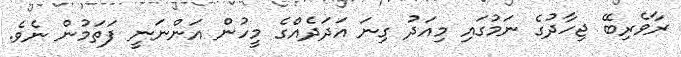
ރާވެރިބޭ ޖިހާދުގެ ނަމުގައި މިއަދު ގިނަ އަދަދެއްގެ މީހުން އަންނަނީ ފަތަމުން ނެވެ.